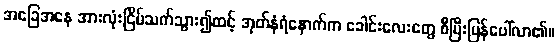
အခြေအနေ အားလုံးငြိမ်သက်သွား၍ထင့် အုတ်နံရံနောက်က ခေါင်းလေးတွေ စီပြီးပြန်ပေါ်လာ၏။